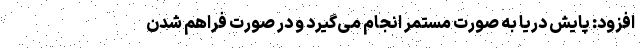
افزود: پایش دریا به صورت مستمر انجام می‌گیرد و در صورت فراهم شدن